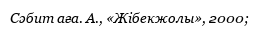
Сәбит аға. А., «Жібекжолы», 2000;